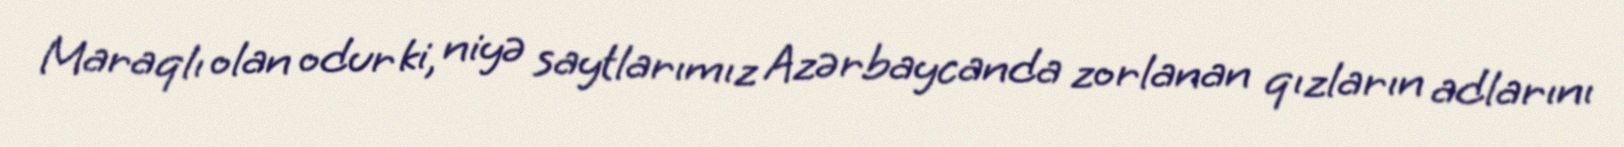
Maraqlı olan odur ki, niyə saytlarımız Azərbaycanda zorlanan qızların adlarını